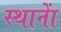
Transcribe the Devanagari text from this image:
स्थानाें